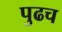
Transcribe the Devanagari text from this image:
पुढच